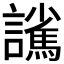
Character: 𮙃